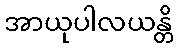
အာယုပါလယန္တိ